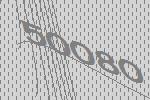
50080